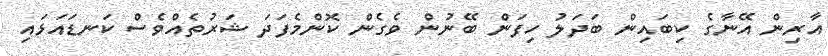
އާރިން އޭނާގެ ކިބައިން ބަދަލު ހިފަން ބޭނުން ވެގެން ކޮންމެފަދަ ޝަރުތެއްވެސް ކަނޑައަޅައި